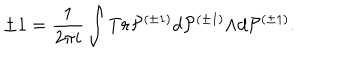
\pm 1 = \frac { 1 } { 2 { \pi } i } \int T r { \cal P } ^ { ( { \pm } 1 ) } d { \cal P } ^ { ( { \pm } 1 ) } { \wedge } d { \cal P } ^ { ( { \pm } 1 ) } .